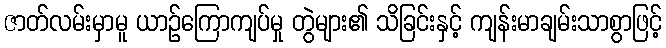
ဇာတ်လမ်းမှာမူ ယာဉ်ကြောကျပ်မှု တွဲများ၏ သိခြင်းနှင့် ကျန်းမာချမ်းသာစွာဖြင့်